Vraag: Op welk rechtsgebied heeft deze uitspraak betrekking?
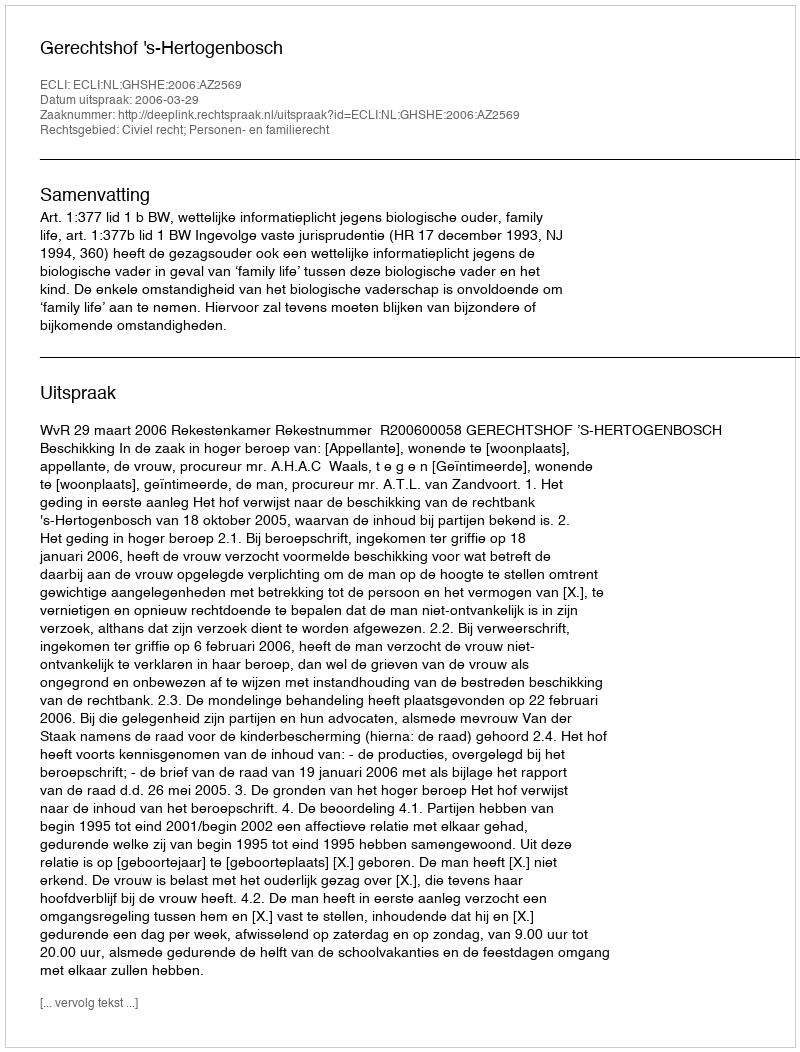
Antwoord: Civiel recht; Personen- en familierecht